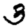
Digit: 3